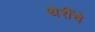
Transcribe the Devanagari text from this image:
थेरींचे